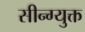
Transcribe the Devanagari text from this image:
सीन्ग्युक्त